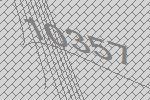
10357